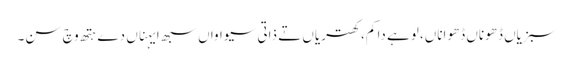
سبزیاں ڈھوناں ڈھواناں، لوہے دا کم، کھتریاں تے ذاتی سیواواں سبھ ایہناں دے ہتھ وچ سن۔